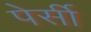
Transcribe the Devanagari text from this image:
पेर्सी